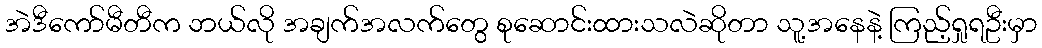
အဲဒီကော်မီတီက ဘယ်လို အချက်အလက်တွေ စုဆောင်းထားသလဲဆိုတာ သူ့အနေနဲ့ ကြည့်ရှုရဦးမှာ